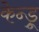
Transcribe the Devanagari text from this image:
केन्ड्रू